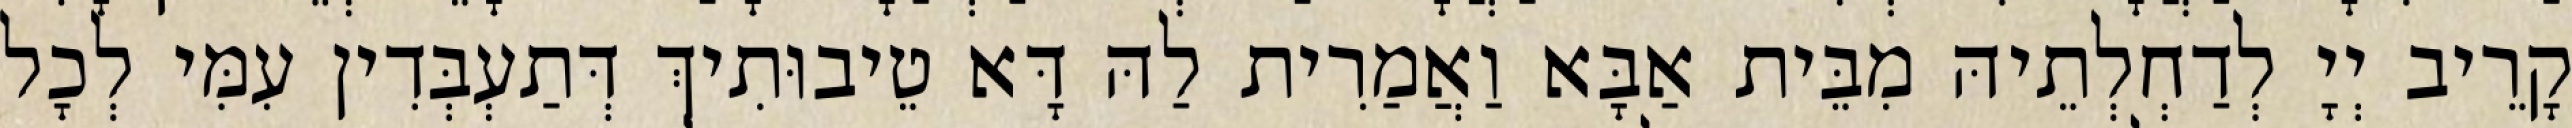
קָרֵיב יְיָ לְדַחְלְתֵיהּ מִבֵּית אַבָּא וַאֲמַרִית לַהּ דָּא טֵיבוּתִיךְ דְּתַעְבְּדִין עִמִּי לְכָל